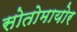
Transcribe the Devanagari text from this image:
सोतोमायोर